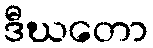
ဒီဃတော